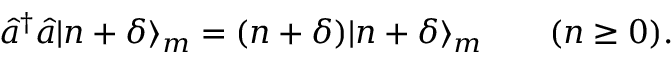
\hat { a } ^ { \dagger } \hat { a } | n + \delta \rangle _ { m } = ( n + \delta ) | n + \delta \rangle _ { m } \qquad ( n \geq 0 ) .